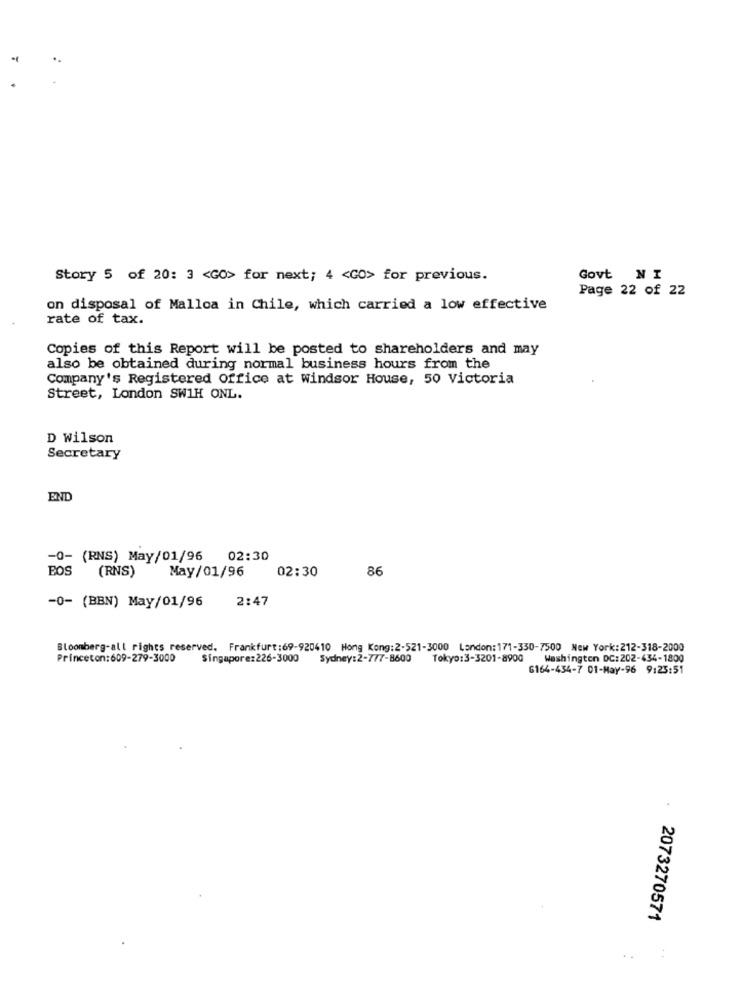
Story 5 of 20: 3 <GO> for next; 4 <GO> for previous.
Govt NI
Page 22 of 22
on disposal of Malloa in Chile, which carried a low effective
rate of tax.
Copies of this Report will be posted to shareholders and may
also be obtained during normal business hours from the
Company's Registered Office at windsor House, 50 Victoria
Street, London SW1H ONL.
D Wilson
Secretary
END
-0- (RNS) May/01/96 02:30
BOS (RNS)
May/01/96
02:30
86
2:47
-0- (BBN) May/01/96
Bloomberg-all rights reserved. Frankfurt:69-920410 Hong Kong:2-521-3000 London: 171-330-7500 New York:212-318-2000
Princeton:609-279-3000
Singapore:226-3000 Sydney:2-777-8600 Tokyo:3-3201-8900
Washington DC: 202-434-1800
6164-434-7 01-May-96 9:25:51
. 2073270571